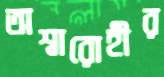
অশ্বারোহীর